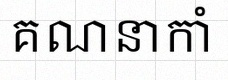
គណនាកាំ